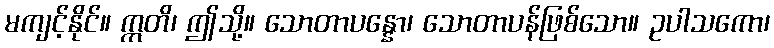
မကျင့်နိုင်။ ဣတိ၊ ဤသို့။ သောတာပန္နော၊ သောတာပန်ဖြစ်သော။ ဥပါသကော၊